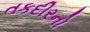
તકદીરનો